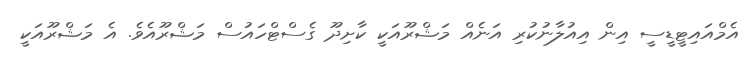
އެމްއައިޓީޑީސީ އިން އިއުލާނުކުރި އަނެއް މަޝްރޫއަކީ ކާށިދޫ ގެސްޓްހައުސް މަޝްރޫއެވެ. އެ މަޝްރޫއަކީ